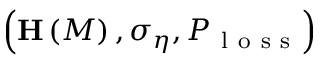
\left( \mathbf { H } \left( M \right) , \sigma _ { \eta } , P _ { \mathrm { ~ l ~ o ~ s ~ s ~ } } \right)